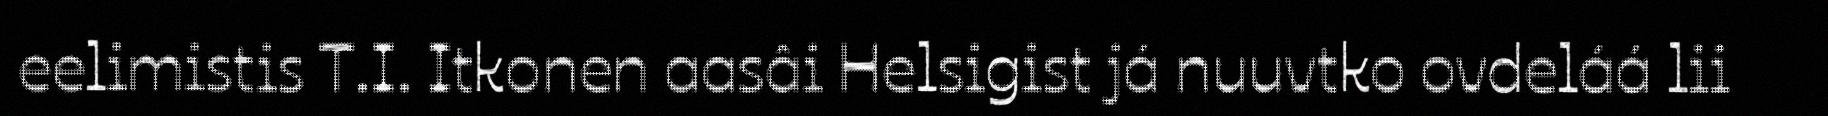
eelimistis T.I. Itkonen aasâi Helsigist já nuuvtko ovdeláá lii